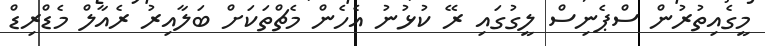
މީގެއިތުރުން ސްޕެނިސް ލީގުގައި ރޭ ކުޅުނު އެހެން މެޗްތަކަށް ބަލާއިރު ރެއާލް މެޑްރިޑް